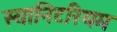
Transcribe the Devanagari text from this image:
स्यानिटरियम